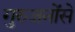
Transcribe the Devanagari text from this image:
गुरुजनोंसे